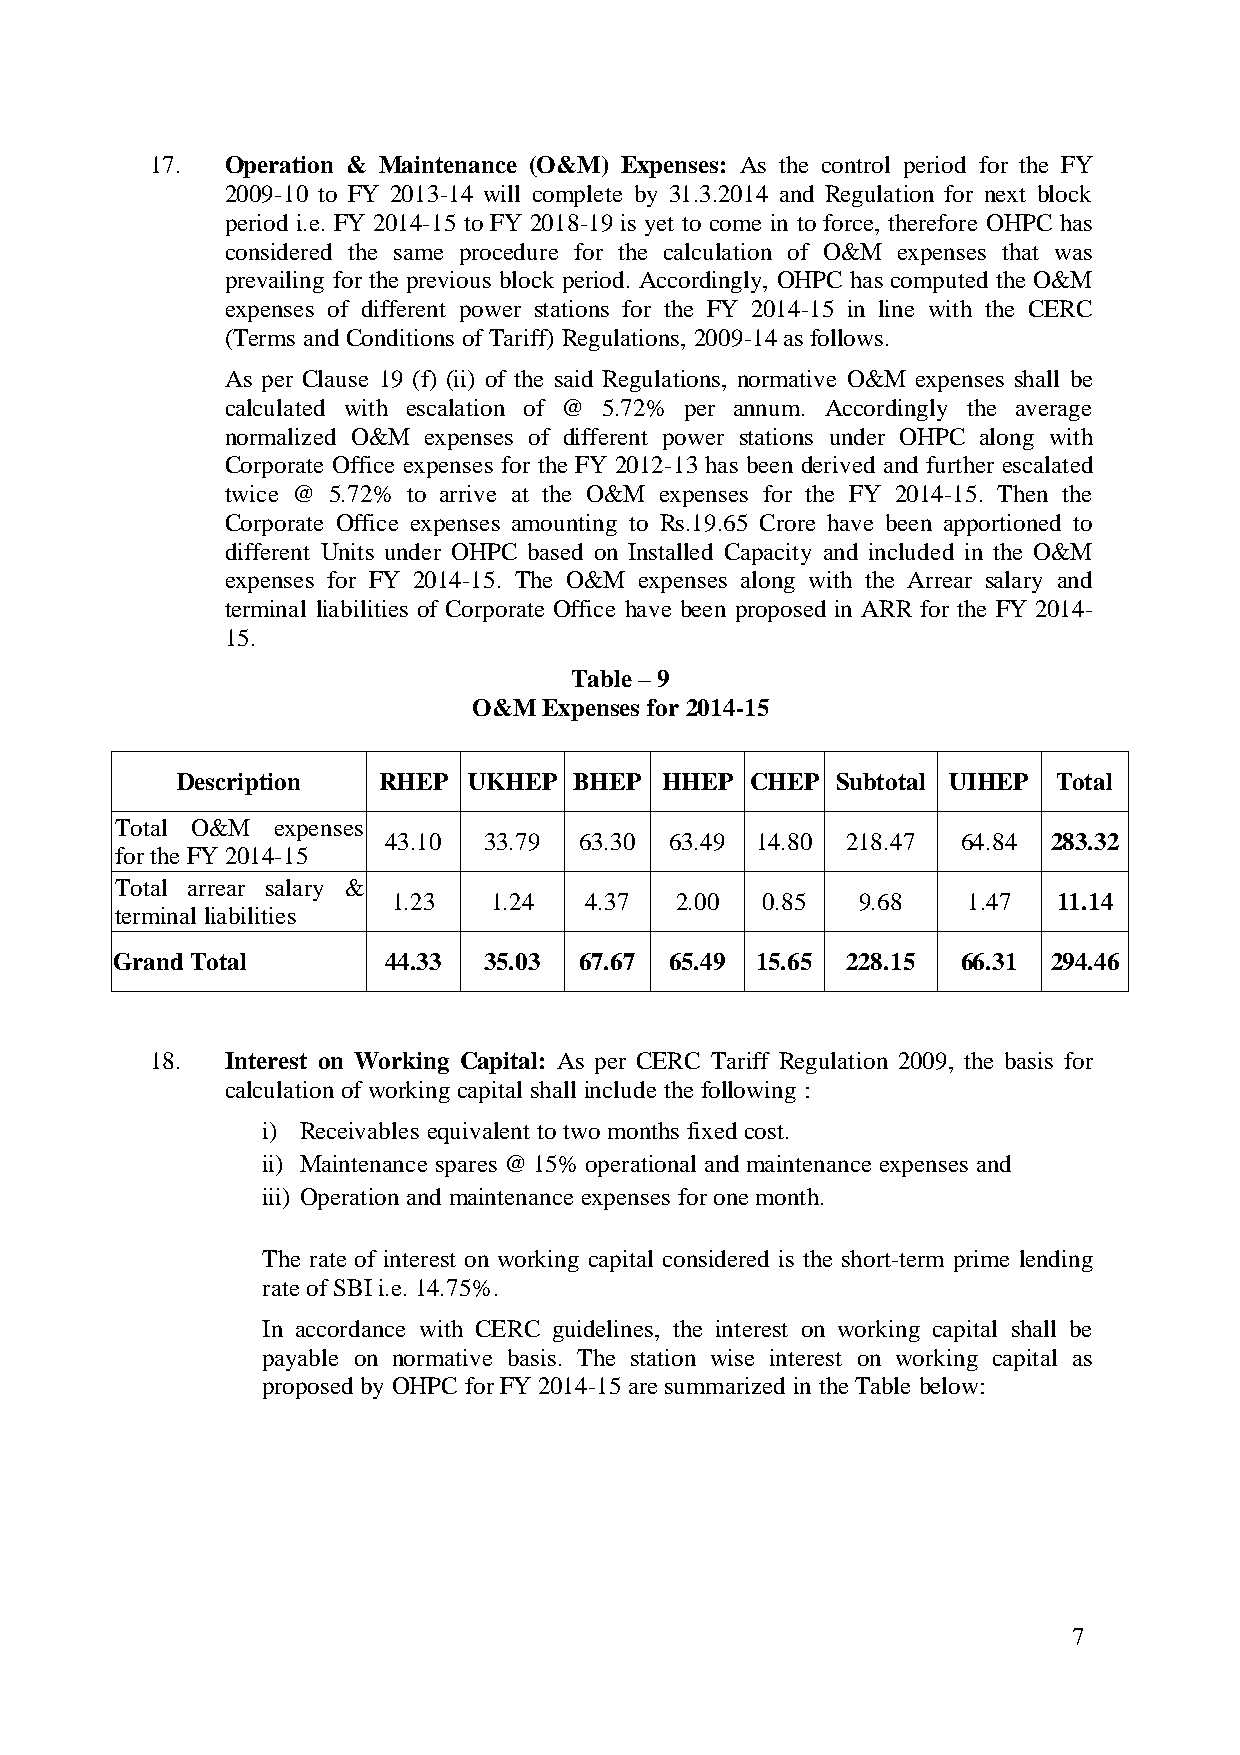
17.  Operation & Maintenance (O&M) Expenses: As the control period for the FY
 2009-10 to FY 2013-14 will complete by 31.3.2014 and Regulation for next block
 period i.e. FY 2014-15 to FY 2018-19 is yet to come in to force, therefore OHPC has
 considered the same procedure for the calculation of O&M expenses that was
 prevailing for the previous block period. Accordingly, OHPC has computed the O&M
 expenses of different power stations for the FY 2014-15 in line with the CERC
 (Terms and Conditions ofTariff) Regulations, 2009-14as follows.
 As per Clause 19 (f) (ii) of the said Regulations, normative O&M expenses shall be
 calculated with escalation of @ 5.72% per annum. Accordingly the average
 normalized O&M expenses of different power stations under OHPC along with
 Corporate Office expenses for the FY 2012-13 has been derived and further escalated
 twice @ 5.72% to arrive at the O&M expenses for the FY 2014-15. Then the
 Corporate Office expenses amounting to Rs.19.65 Crore have been apportioned to
 different Units under OHPC based on Installed Capacity and included in the O&M
 expenses for FY 2014-15. The O&M expenses along with the Arrear salary and
 terminal liabilities of Corporate Office have been proposed in ARR for the FY 2014-
 15.
 Table – 9
 O&MExpenses for 2014-15
 Description  RHEP  UKHEP  BHEP  HHEP  CHEP Subtotal UIHEP Total
 Total O&M expenses
 43.10  33.79 63.30 63.49 14.80 218.47  64.84 283.32
 forthe FY 2014-15
 Total arrear salary &
 1.23  1.24   4.37  2.00 0.85   9.68   1.47  11.14
 terminal liabilities
 GrandTotal        44.33  35.03 67.67 65.49 15.65 228.15  66.31 294.46
 18.  Interest on Working Capital: As per CERC Tariff Regulation 2009, the basis for
 calculation ofworking capital shall include the following :
 i) Receivables equivalent to twomonths fixed cost.
 ii) Maintenance spares @15%operational and maintenance expenses and
 iii) Operation and maintenance expenses forone month.
 The rate of interest on working capital considered is the short-term prime lending
 rate ofSBIi.e. 14.75%.
 In accordance with CERC guidelines, the interest on working capital shall be
 payable on normative basis. The station wise interest on working capital as
 proposed by OHPC forFY 2014-15aresummarized in the Table below:
 7